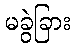
မခွဲခြား